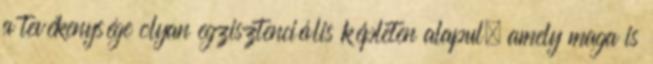
a tevékenysége olyan egzisztenciális képleten alapul, amely maga is